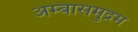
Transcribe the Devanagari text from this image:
अम्बासमुद्रम